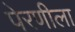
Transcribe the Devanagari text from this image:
पेरणीला